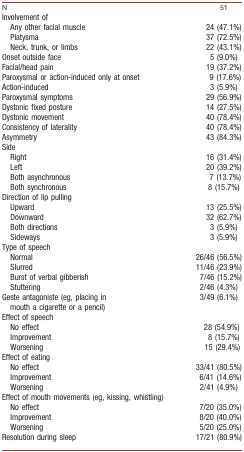
| N | 51 |
 | --- | --- |
 | Involvement of |  |
 | Any other facial muscle | 24 (47.1%) |
 | Platysma | 37 (72.5%) |
 | Neck, trunk, or limbs | 22 (43.1%) |
 | Onset outside face | 5 (9.0%) |
 | Facial/head pain | 19 (37.2%) |
 | Paroxysmal or action-induced only at onset | 9 (17.6%) |
 | Action-induced | 3 (5.9%) |
 | Paroxysmal symptoms | 29 (56.9%) |
 | Dystonic fixed posture | 14 (27.5%) |
 | Dystonic movement | 40 (78.4%) |
 | Consistency of laterality | 40 (78.4%) |
 | Asymmetry | 43 (84.3%) |
 | Side |  |
 | Right | 16 (31.4%) |
 | Left | 20 (39.2%) |
 | Both asynchronous | 7 (13.7%) |
 | Both synchronous | 8 (15.7%) |
 | Direction of lip pulling |  |
 | Upward | 13 (25.5%) |
 | Downward | 32 (62.7%) |
 | Both directions | 3 (5.9%) |
 | Sideways | 3 (5.9%) |
 | Type of speech |  |
 | Normal | 26/46 (56.5%) |
 | Slurred | 11/46 (23.9%) |
 | Burst of verbal gibberish | 7/46 (15.2%) |
 | Stuttering | 2/46 (4.3%) |
 | Geste antagoniste (eg, placing in mouth a cigarette or a pencil) | 3/49 (6.1%) |
 | Effect of speech |  |
 | No effect | 28 (54.9%) |
 | Improvement | 8 (15.7%) |
 | Worsening | 15 (29.4%) |
 | Effect of eating |  |
 | No effect | 33/41 (80.5%) |
 | Improvement | 6/41 (14.6%) |
 | Worsening | 2/41 (4.9%) |
 | Effect of mouth movements (eg, kissing, whistling) |  |
 | No effect | 7/20 (35.0%) |
 | Improvement | 8/20 (40.0%) |
 | Worsening | 5/20 (25.0%) |
 | Resolution during sleep | 17/21 (80.9%) |